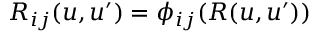
R _ { i j } ( u , u ^ { \prime } ) = \phi _ { i j } ( R ( u , u ^ { \prime } ) )